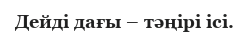
Дейді дағы – тәңірі ісі.